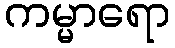
ကမ္မာရော